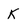
Character: K